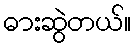
ဓားဆွဲတယ်။